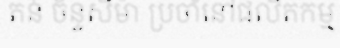
តន់ ច័ន្ទសីម៉ា ប្រចាំនៅផលិតកម្ម